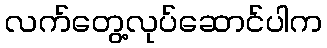
လက်တွေ့လုပ်ဆောင်ပါက